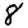
Digit: 8